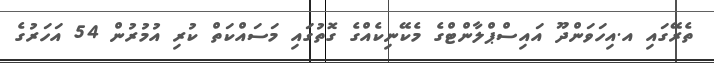
ތެރޭގައި އ.އިހަވަންދޫ އައިސްޕްލާންޓްގެ މެކޭނިކެއްގެ ގޮތުގައި މަސައްކަތް ކުރި އުމުރުން 54 އަހަރުގެ